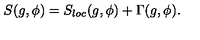
S ( g , \phi ) = S _ { l o c } ( g , \phi ) + \Gamma ( g , \phi ) .